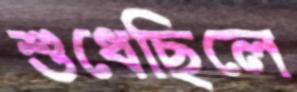
শুধেছিলে